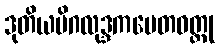
ဒုတိယမိဂလုဒ္ဒကပေတဝတ္ထု